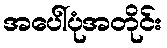
အပေါ်ပုံအတိုင်း